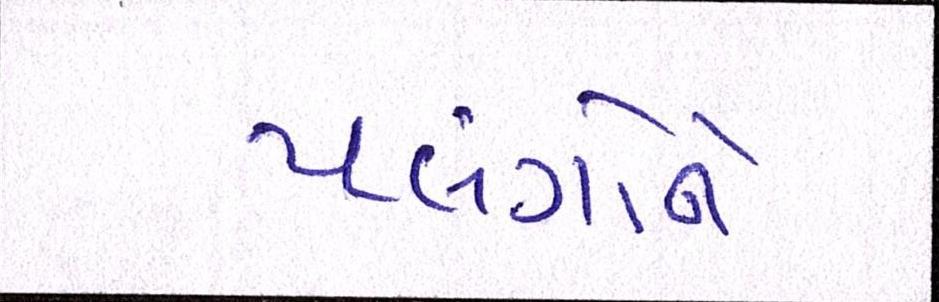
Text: પલંગોને